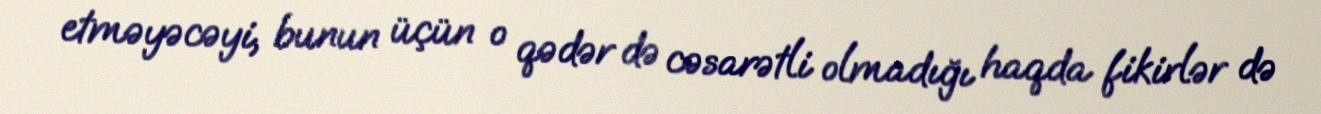
etməyəcəyi, bunun üçün o qədər də cəsarətli olmadığı haqda fikirlər də